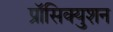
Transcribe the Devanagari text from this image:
प्रॉसिक्युशन